Note on the mental hospitals in Burma - 1925-1940
Year: 1925
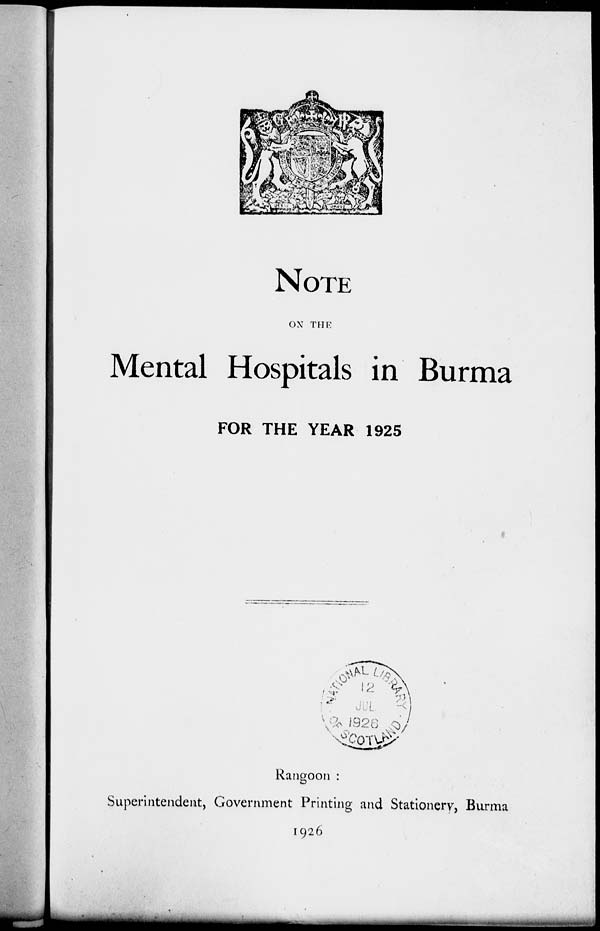
NOTE
ON THE
Mental Hospitals in Burma
FOR THE YEAR 1925
Rangoon :
Superintendent, Government Printing and Stationery, Burma
1926